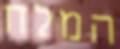
המלח